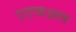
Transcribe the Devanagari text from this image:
एएफआय